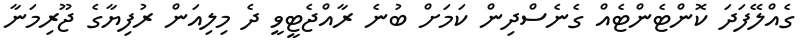
ގެއްލޭފަދަ ކޮންޓެންޓެއް ގެނެސްދިން ކަމަށް ބުނެ ރާއްޖެޓީވީ ދެ މިލިއަން ރުފިޔާގެ ޖޫރިމަނާ